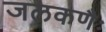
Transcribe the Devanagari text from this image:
जलकणैः